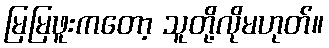
မြမြဖူးကတော့ သူတို့လိုမဟုတ်။